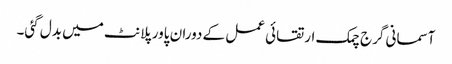
آسمانی گرج چمک ارتقائی عمل کے دوران پاور پلانٹ میں بدل گئی۔